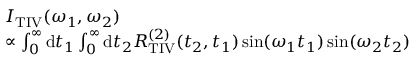
\begin{array} { r l } & { I _ { \mathrm { T I V } } ( \omega _ { 1 } , \omega _ { 2 } ) } \\ & { \propto \int _ { 0 } ^ { \infty } \mathrm { d } t _ { 1 } \int _ { 0 } ^ { \infty } \mathrm { d } t _ { 2 } R _ { \mathrm { T I V } } ^ { ( 2 ) } ( t _ { 2 } , t _ { 1 } ) \sin ( \omega _ { 1 } t _ { 1 } ) \sin ( \omega _ { 2 } t _ { 2 } ) } \end{array}